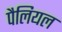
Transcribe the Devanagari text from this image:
पैलियल